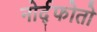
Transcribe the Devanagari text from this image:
नोर्द्फोतो